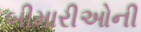
બીમારીઓની